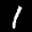
Label: 1